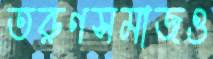
তরুণসমাজও